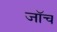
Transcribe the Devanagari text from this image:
जाॅच